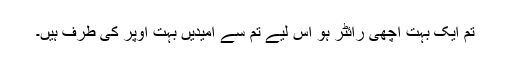
تم ایک بہت اچھی رائٹر ہو اس لیے تم سے امیدیں بہت اوپر کی طرف ہیں۔